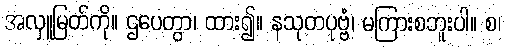
အလှူမြတ်ကို။ ဌပေတွာ၊ ထား၍။ နသုတပုဗ္ဗံ၊ မကြားစဘူးပါ။ စ၊